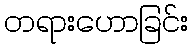
တရားဟောခြင်း